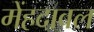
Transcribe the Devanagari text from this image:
मेंहदावल